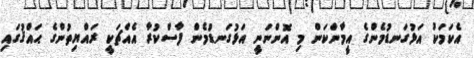
އެކަމަކު އަޅުގަނޑުމެންގެ އީމާންކަން މި އޮންނަނީ އަޅުގަނޑުމެން ފާސްކުރާ އެއްޗަކީ ރައްޔިތުންގެ ޙައްޤުގައި